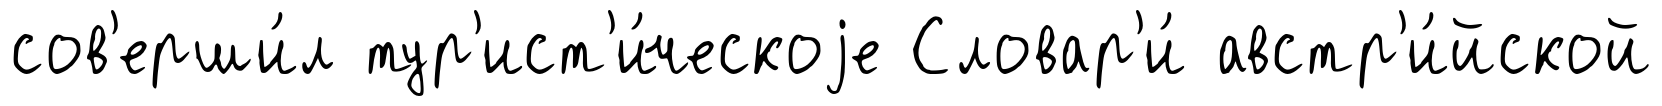
сов'ерши́л тур'ист'и́ческоjе Словар'и́ австр'и́йской